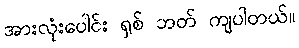
အားလုံးပေါင်း ရှစ် ဘတ် ကျပါတယ်။